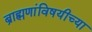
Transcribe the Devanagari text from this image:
ब्राह्मणांविषयीच्या